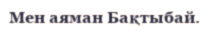
Мен аяман Бақтыбай.